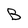
Character: B